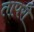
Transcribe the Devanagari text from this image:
तापरी